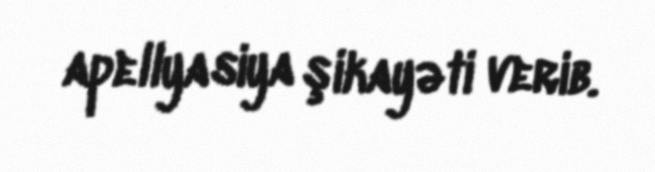
apellyasiya şikayəti verib.